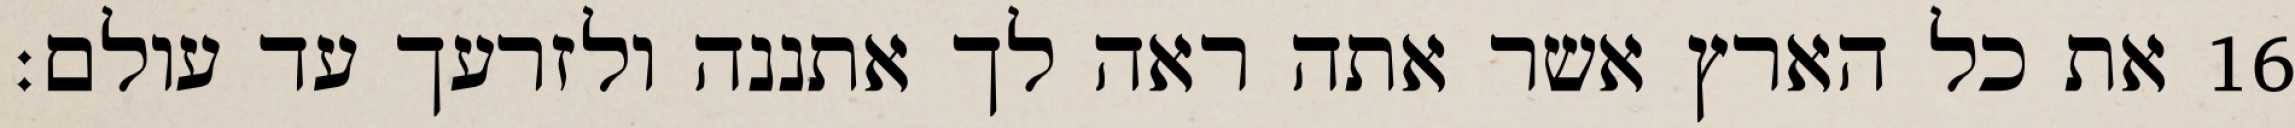
את כל הארץ אשר אתה ראה לך אתננה ולזרעך עד עולם׃ ‎16‏